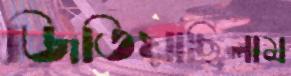
জিতিয়াছিলাম